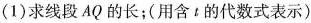
(1)求线段AQ的长；(用含t的代数式表示)